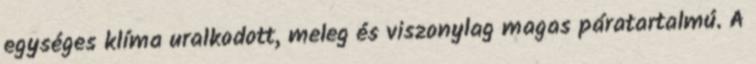
egységes klíma uralkodott, meleg és viszonylag magas páratartalmú. A